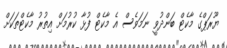
ޔޫރަޕްގެ މާކެޓް ބަންދުވީ ނަމަވެސް އެ މާކެޓް ފުޅާ ކުރުމަށް އިތުރު މާކެޓްތަކަށް